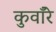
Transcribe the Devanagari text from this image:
कुवाँरे